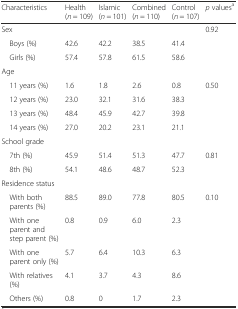
<table><thead><tr><td><b>Characteristics</b></td><td><b>Health (<i>n</i> = 109)</b></td><td><b>Islamic (<i>n</i> = 101)</b></td><td><b>Combined (<i>n</i> = 110)</b></td><td><b>Control (<i>n</i> = 107)</b></td><td><b><i>p</i> values<sup>a</sup></b></td></tr></thead><tbody><tr><td>Sex</td><td></td><td></td><td></td><td></td><td rowspan="3">0.92</td></tr><tr><td> Boys (%)</td><td>42.6</td><td>42.2</td><td>38.5</td><td>41.4</td></tr><tr><td> Girls (%)</td><td>57.4</td><td>57.8</td><td>61.5</td><td>58.6</td></tr><tr><td>Age</td><td></td><td></td><td></td><td></td><td></td></tr><tr><td> 11 years (%)</td><td>1.6</td><td>1.8</td><td>2.6</td><td>0.8</td><td rowspan="4">0.50</td></tr><tr><td> 12 years (%)</td><td>23.0</td><td>32.1</td><td>31.6</td><td>38.3</td></tr><tr><td> 13 years (%)</td><td>48.4</td><td>45.9</td><td>42.7</td><td>39.8</td></tr><tr><td> 14 years (%)</td><td>27.0</td><td>20.2</td><td>23.1</td><td>21.1</td></tr><tr><td>School grade</td><td></td><td></td><td></td><td></td><td></td></tr><tr><td> 7th (%)</td><td>45.9</td><td>51.4</td><td>51.3</td><td>47.7</td><td rowspan="2">0.81</td></tr><tr><td> 8th (%)</td><td>54.1</td><td>48.6</td><td>48.7</td><td>52.3</td></tr><tr><td>Residence status</td><td></td><td></td><td></td><td></td><td></td></tr><tr><td> With both parents (%)</td><td>88.5</td><td>89.0</td><td>77.8</td><td>80.5</td><td rowspan="5">0.10</td></tr><tr><td> With one parent and step parent (%)</td><td>0.8</td><td>0.9</td><td>6.0</td><td>2.3</td></tr><tr><td> With one parent only (%)</td><td>5.7</td><td>6.4</td><td>10.3</td><td>6.3</td></tr><tr><td> With relatives (%)</td><td>4.1</td><td>3.7</td><td>4.3</td><td>8.6</td></tr><tr><td> Others (%)</td><td>0.8</td><td>0</td><td>1.7</td><td>2.3</td></tr></tbody></table>